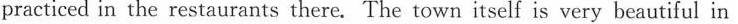
practiced in the restaurants there. The town itself is very beautiful in